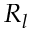
R _ { l }